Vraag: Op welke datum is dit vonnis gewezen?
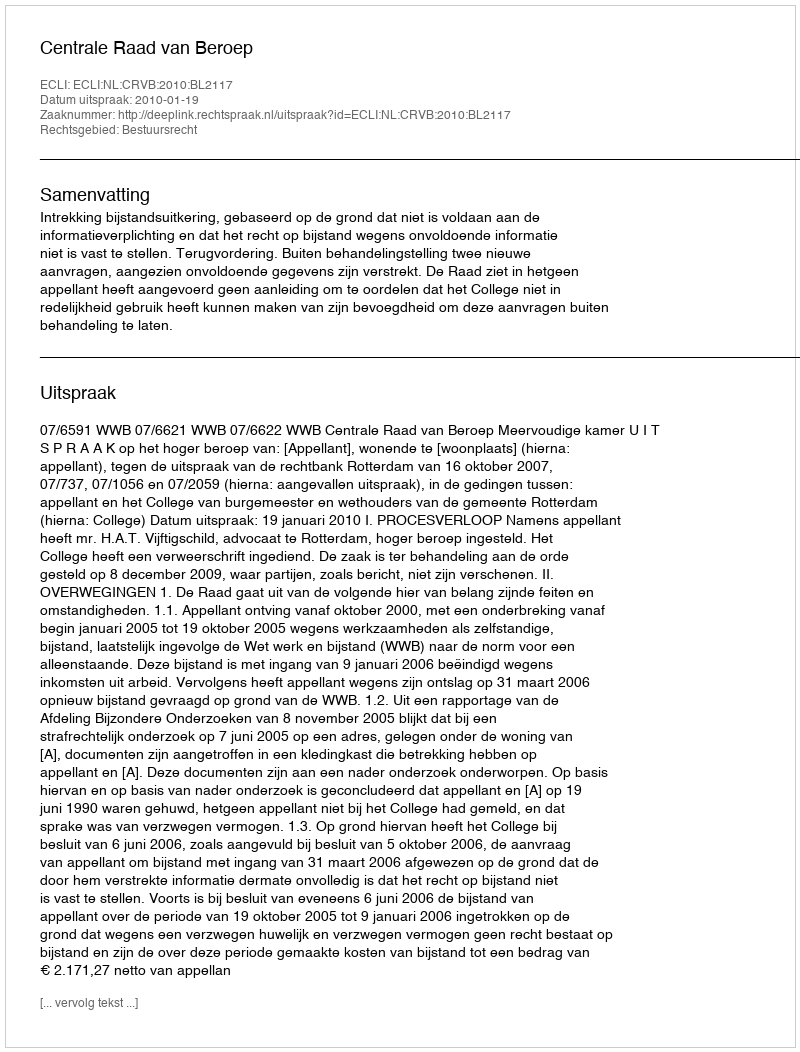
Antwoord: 2010-01-19